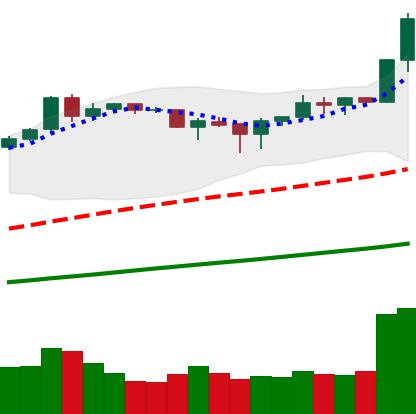
Ticker: BNB-USD
Chart end date: 2019-04-19
Forward return: -5.5%
Label: down_5_7